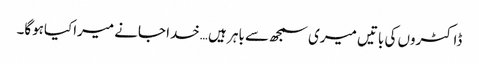
ڈاکٹروں کی باتیں میری سمجھ سے باہر ہیں …خدا جانے میراکیاہوگا۔